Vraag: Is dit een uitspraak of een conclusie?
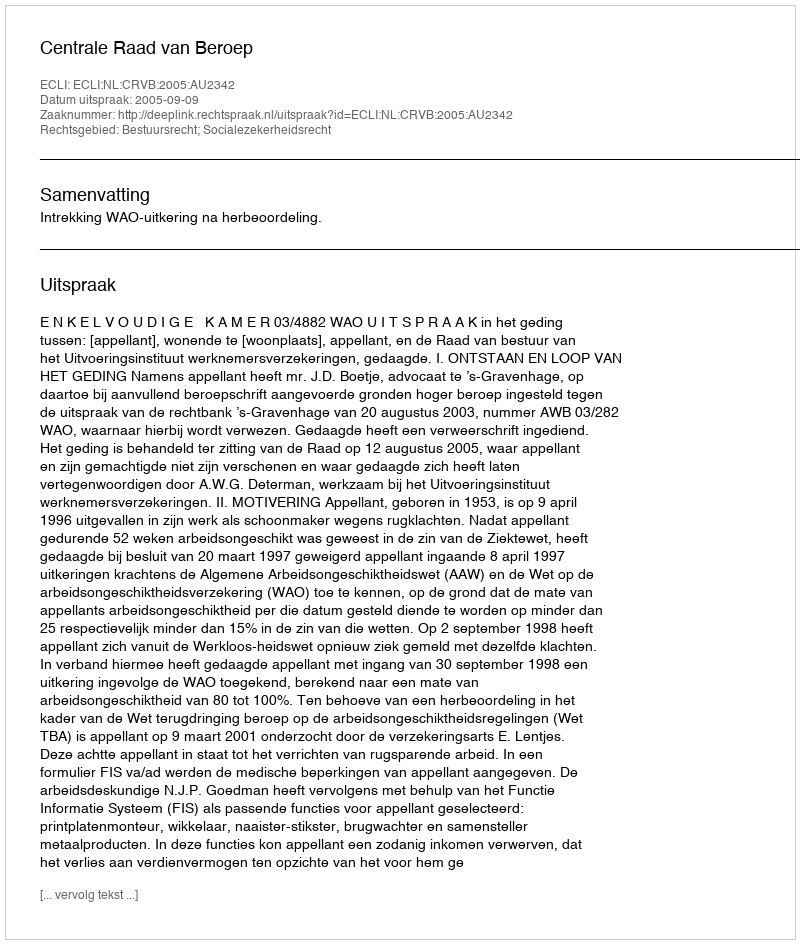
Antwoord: Uitspraak